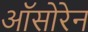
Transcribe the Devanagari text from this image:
ऑसोरेन